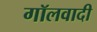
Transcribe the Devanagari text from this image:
गॉलवादी